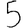
Digit: 5